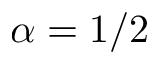
\alpha = 1 / 2